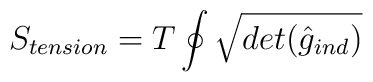
S_{tension}=T \oint \sqrt {det({\hat g_{ind}})}